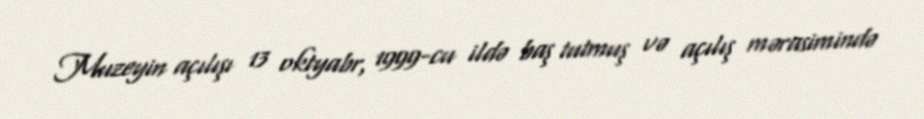
Muzeyin açılışı 13 oktyabr, 1999-cu ildə baş tutmuş və açılış mərasimində